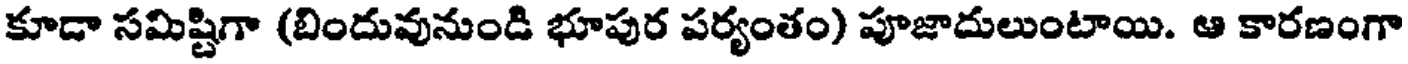
కూడా సమిష్టిగా (బిందువునుండి భూపుర పర్యంతం) పూజాదులుంటాయి. ఆ కారణంగా